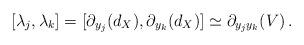
LaTeX: \begin{align*}[ \lambda_j, \lambda_k ] = [ \partial_{y_j}(d_X), \partial_{y_k}(d_X) ] \simeq \partial_{y_jy_k}(V)\,.\end{align*}